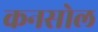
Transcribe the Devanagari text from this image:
कनसोल